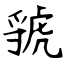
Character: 虢